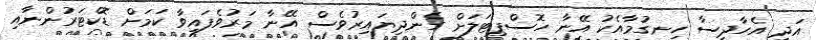
އަދި އެހާދިސާ ހިނގުމާއެކު އޭނާ ހޮސްޕިޓަލަށް ގެންދިޔައިރުވެސް އޭނާ މަރުވެފައިވާ ކަމަށް ޑޮކްޓަރުންނާއި